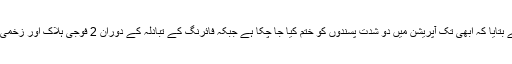
حکام نے بتایا کہ ابھی تک آپریشن میں دو شدت پسندوں کو ختم کیا جا چکا ہے جبکہ فائرنگ کے تبادلہ کے دوران 2 فوجی ہلاک اور زخمی ہوگئے۔